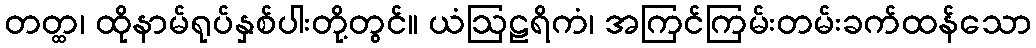
တတ္ထ၊ ထိုနာမ်ရုပ်နှစ်ပါးတို့တွင်။ ယံဩဠရိကံ၊ အကြင်ကြမ်းတမ်းခက်ထန်သော